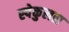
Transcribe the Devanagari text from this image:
स्पेकुलस